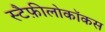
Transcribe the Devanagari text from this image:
स्टैफ़ीलोकॉकस